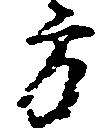
方